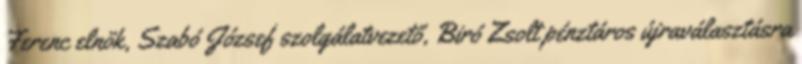
Ferenc elnök, Szabó József szolgálatvezető, Biró Zsolt pénztáros újraválasztásra